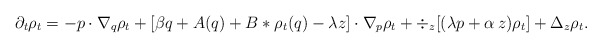
\begin{align*}\partial_t\rho_t=-p\cdot\nabla_q\rho_t+\left[\beta q+ A(q)+B\ast \rho_t(q)-\lambda z\right]\cdot \nabla_p\rho_t+\div_z[(\lambda p+\alpha\, z)\rho_t]+\Delta_z\rho_t.\end{align*}